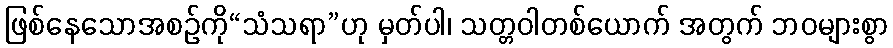
ဖြစ်နေသောအစဉ်ကို“သံသရာ”ဟု မှတ်ပါ၊ သတ္တဝါတစ်ယောက် အတွက် ဘဝများစွာ